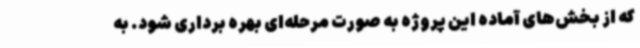
که از بخش‌های آماده‌ این پروژه به صورت مرحله‌ای بهره برداری شود. به